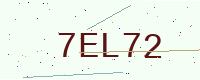
Text: 7EL72